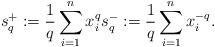
LaTeX: \begin{align*}s_q^+ := \frac{1}{q} \sum_{i=1}^n x_i^q s_q^- := \frac{1}{q} \sum_{i=1}^n x_i^{-q}.\end{align*}